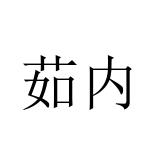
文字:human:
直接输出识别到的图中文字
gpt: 茹内